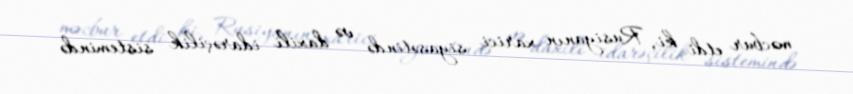
məcbur etdi ki, Rusiyanın xarici siyasətində və daxili idarəçilik sistemində